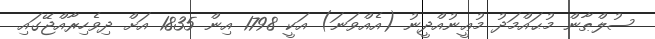
ސުލްޠާން މުޙައްމަދު މުޢީނުއްދީނު (އެއްވަނަ) އަކީ 1798 އިން 1835 އަށް ދިވެހިރާއްޖޭގައި